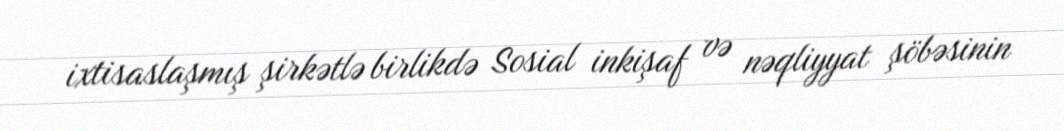
ixtisaslaşmış şirkətlə birlikdə Sosial inkişaf və nəqliyyat şöbəsinin